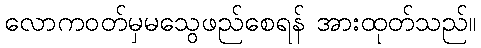
လောကဝတ်မှမသွေဖည်စေရန် အားထုတ်သည်။